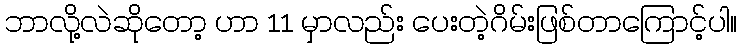
ဘာလို့လဲဆိုတော့ ဟာ 11 မှာလည်း ပေးတဲ့ဂိမ်းဖြစ်တာကြောင့်ပါ။